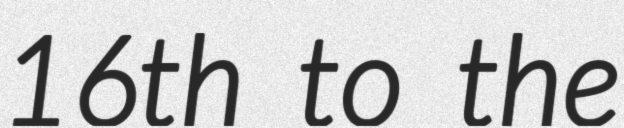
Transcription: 16th to the